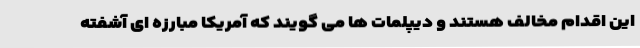
این اقدام مخالف هستند و دیپلمات ها می گویند که آمریکا مبارزه ای آشفته